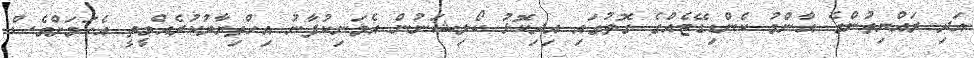
އަދި ރައްޔިތުންގެ އާންމު ކެންޑިޑޭޓެއްގެ ގޮތުގައި އިދިކޮޅު ކޯލިޝަނުން އެމަނިކުފާނު އިހްތިޔާރުކުރެއްވީތީ އެކަމަށްވެސް